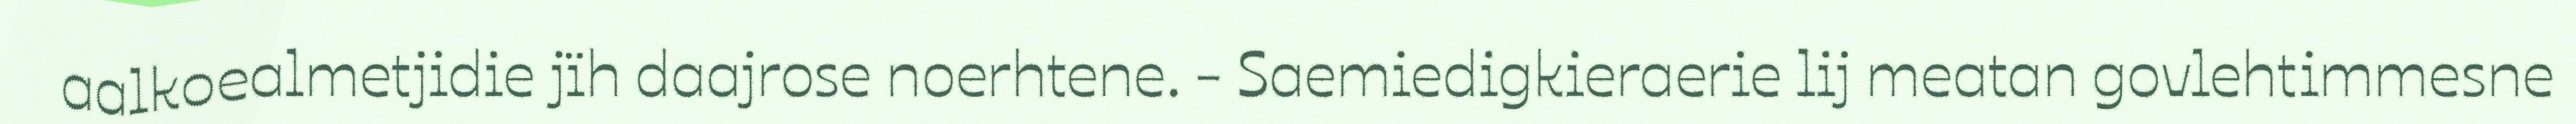
aalkoealmetjidie jïh daajrose noerhtene. - Saemiedigkieraerie lij meatan govlehtimmesne